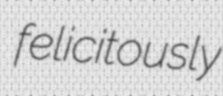
felicitously